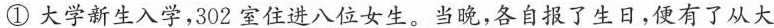
①大学新生入学，302室住八位女生，当晚，各自报了生日，便有了从大